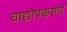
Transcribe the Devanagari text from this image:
वाद्योपकरणों